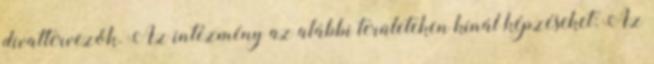
divattervezők. Az intézmény az alábbi területeken kínál képzéseket: Az